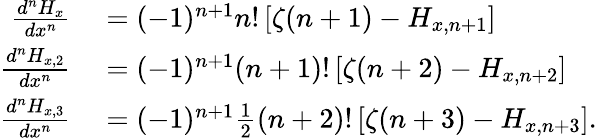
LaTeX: \begin{array}{rl}{{\frac{d^{n}H_{x}}{dx^{n}}}}&{{}=(-1)^{n+1}n!\left[\zeta(n+1)-H_{x,n+1}\right]}\\ {{\frac{d^{n}H_{x,2}}{dx^{n}}}}&{{}=(-1)^{n+1}(n+1)!\left[\zeta(n+2)-H_{x,n+2}\right]}\\ {{\frac{d^{n}H_{x,3}}{dx^{n}}}}&{{}=(-1)^{n+1}{\frac{1}{2}}(n+2)!\left[\zeta(n+3)-H_{x,n+3}\right].}\end{array}